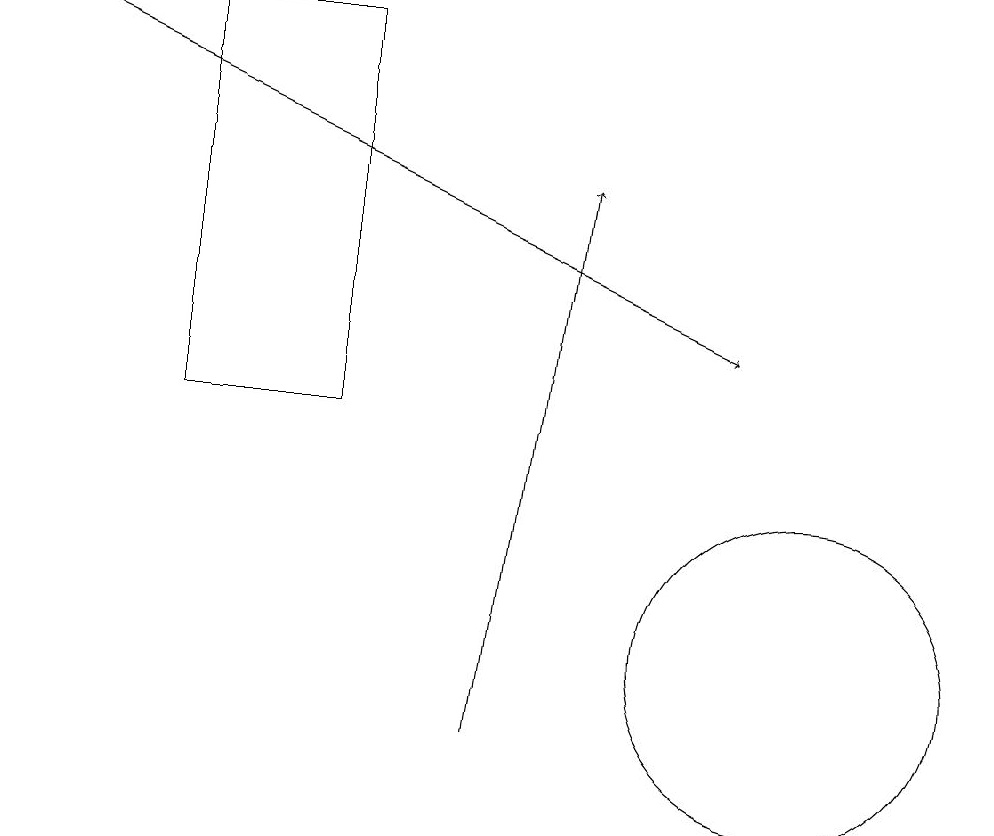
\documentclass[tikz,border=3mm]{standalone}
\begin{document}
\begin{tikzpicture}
\draw (2,14) rectangle (4,19);
\draw (10,11) circle (2);
\draw[->] (0,19) -- (9,15);
\draw[->] (6,10) -- (7,17);
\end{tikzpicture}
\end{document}